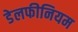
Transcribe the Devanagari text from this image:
डेलफीनियम